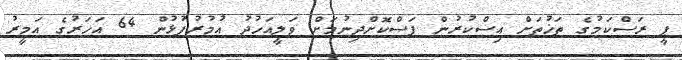
ޕީ ރަސްކަމުގެ ތަޚުތަށް އިސްކުރުން ފަސްކޮށްދިނުމަށް ވަލީއަހުދު އުމުރުފުޅުން 64 އަހަރުގެ އަމީރު